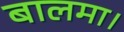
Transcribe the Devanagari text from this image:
बालमा।